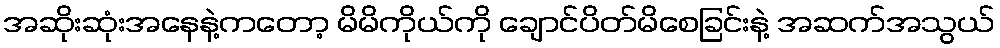
အဆိုးဆုံးအနေနဲ့ကတော့ မိမိကိုယ်ကို ချောင်ပိတ်မိစေခြင်းနဲ့ အဆက်အသွယ်